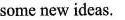
some new ideas.